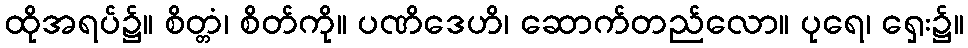
ထိုအရပ်၌။ စိတ္တံ၊ စိတ်ကို။ ပဏိဒေဟိ၊ ဆောက်တည်လော။ ပုရေ၊ ရှေး၌။